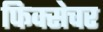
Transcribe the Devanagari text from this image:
फिक्सेचर